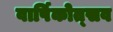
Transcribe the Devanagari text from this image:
वार्षिकोत्‍सव